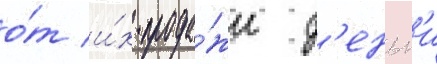
о́т и́х прода́жи д'еньг'и